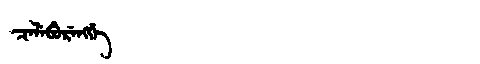
Manchu: ᠴᡝᠯᡝᠪᡠᡵᡝᠩᡤᡝ
Romanization: CELEBURENGGE